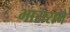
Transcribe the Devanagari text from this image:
भाराराने